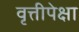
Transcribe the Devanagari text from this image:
वृत्तीपेक्षा